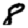
Digit: 8